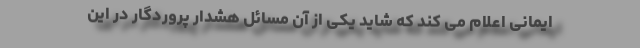
ایمانی اعلام می کند که شاید یکی از آن مسائل هشدار پروردگار در این